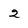
Character: 2